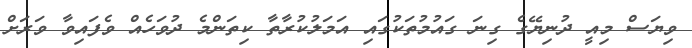
ވިޔަސް މިއީ ދުނިޔޭގެ ގިނަ ގައުމުތަކުގައި އަމަލުކުރާތާ ކިތަންމެ ދުވަހެއް ވެފައިވާ ވަރަށް